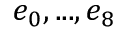
e _ { 0 } , . . . , e _ { 8 }